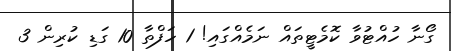
ގޯނާ ހުއްޓުވާ ކޮމެޓީތައް ނަމެއްގައި! 1 ހަފްތާ 10 ގަޑި ކުރިން 3